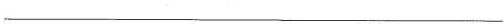
___